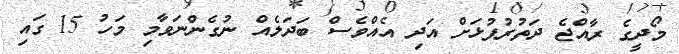
މޯދީގެ ރާއްޖެ ދަތުރުފުޅަށް އަދި އެއްވެސް ބަދަލެއް ނުގެންނަވާމި މަހު 15 ގައި